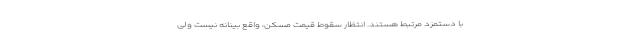
با دستمزد مرتبط هستند. انتظار سقوط قیمت مسکن، واقع بینانه نیست ولی